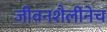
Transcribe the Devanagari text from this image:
जीवनशैलीनेच